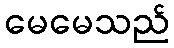
မေမေသည်